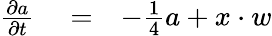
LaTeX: \begin{array}{rlr}{\frac{\partial a}{\partial t}}&{{}=}&{-\frac{1}{4}a+x\cdot w}\end{array}